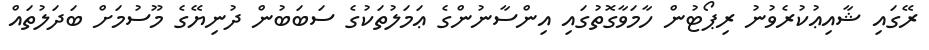
ރޭގައި ޝާއިޢުކުރެވުނު ރިޕޯޓުން ހާމަވާގޮތުގައި އިންސާނުންގެ ޢަމަލުތަކުގެ ސަބަބުން ދުނިޔޭގެ މޫސުމަށް ބަދަލުތައް